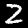
Label: 2